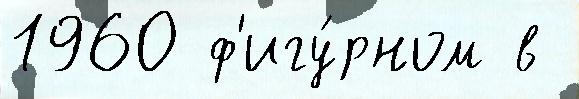
1960 ф'игу́рном в